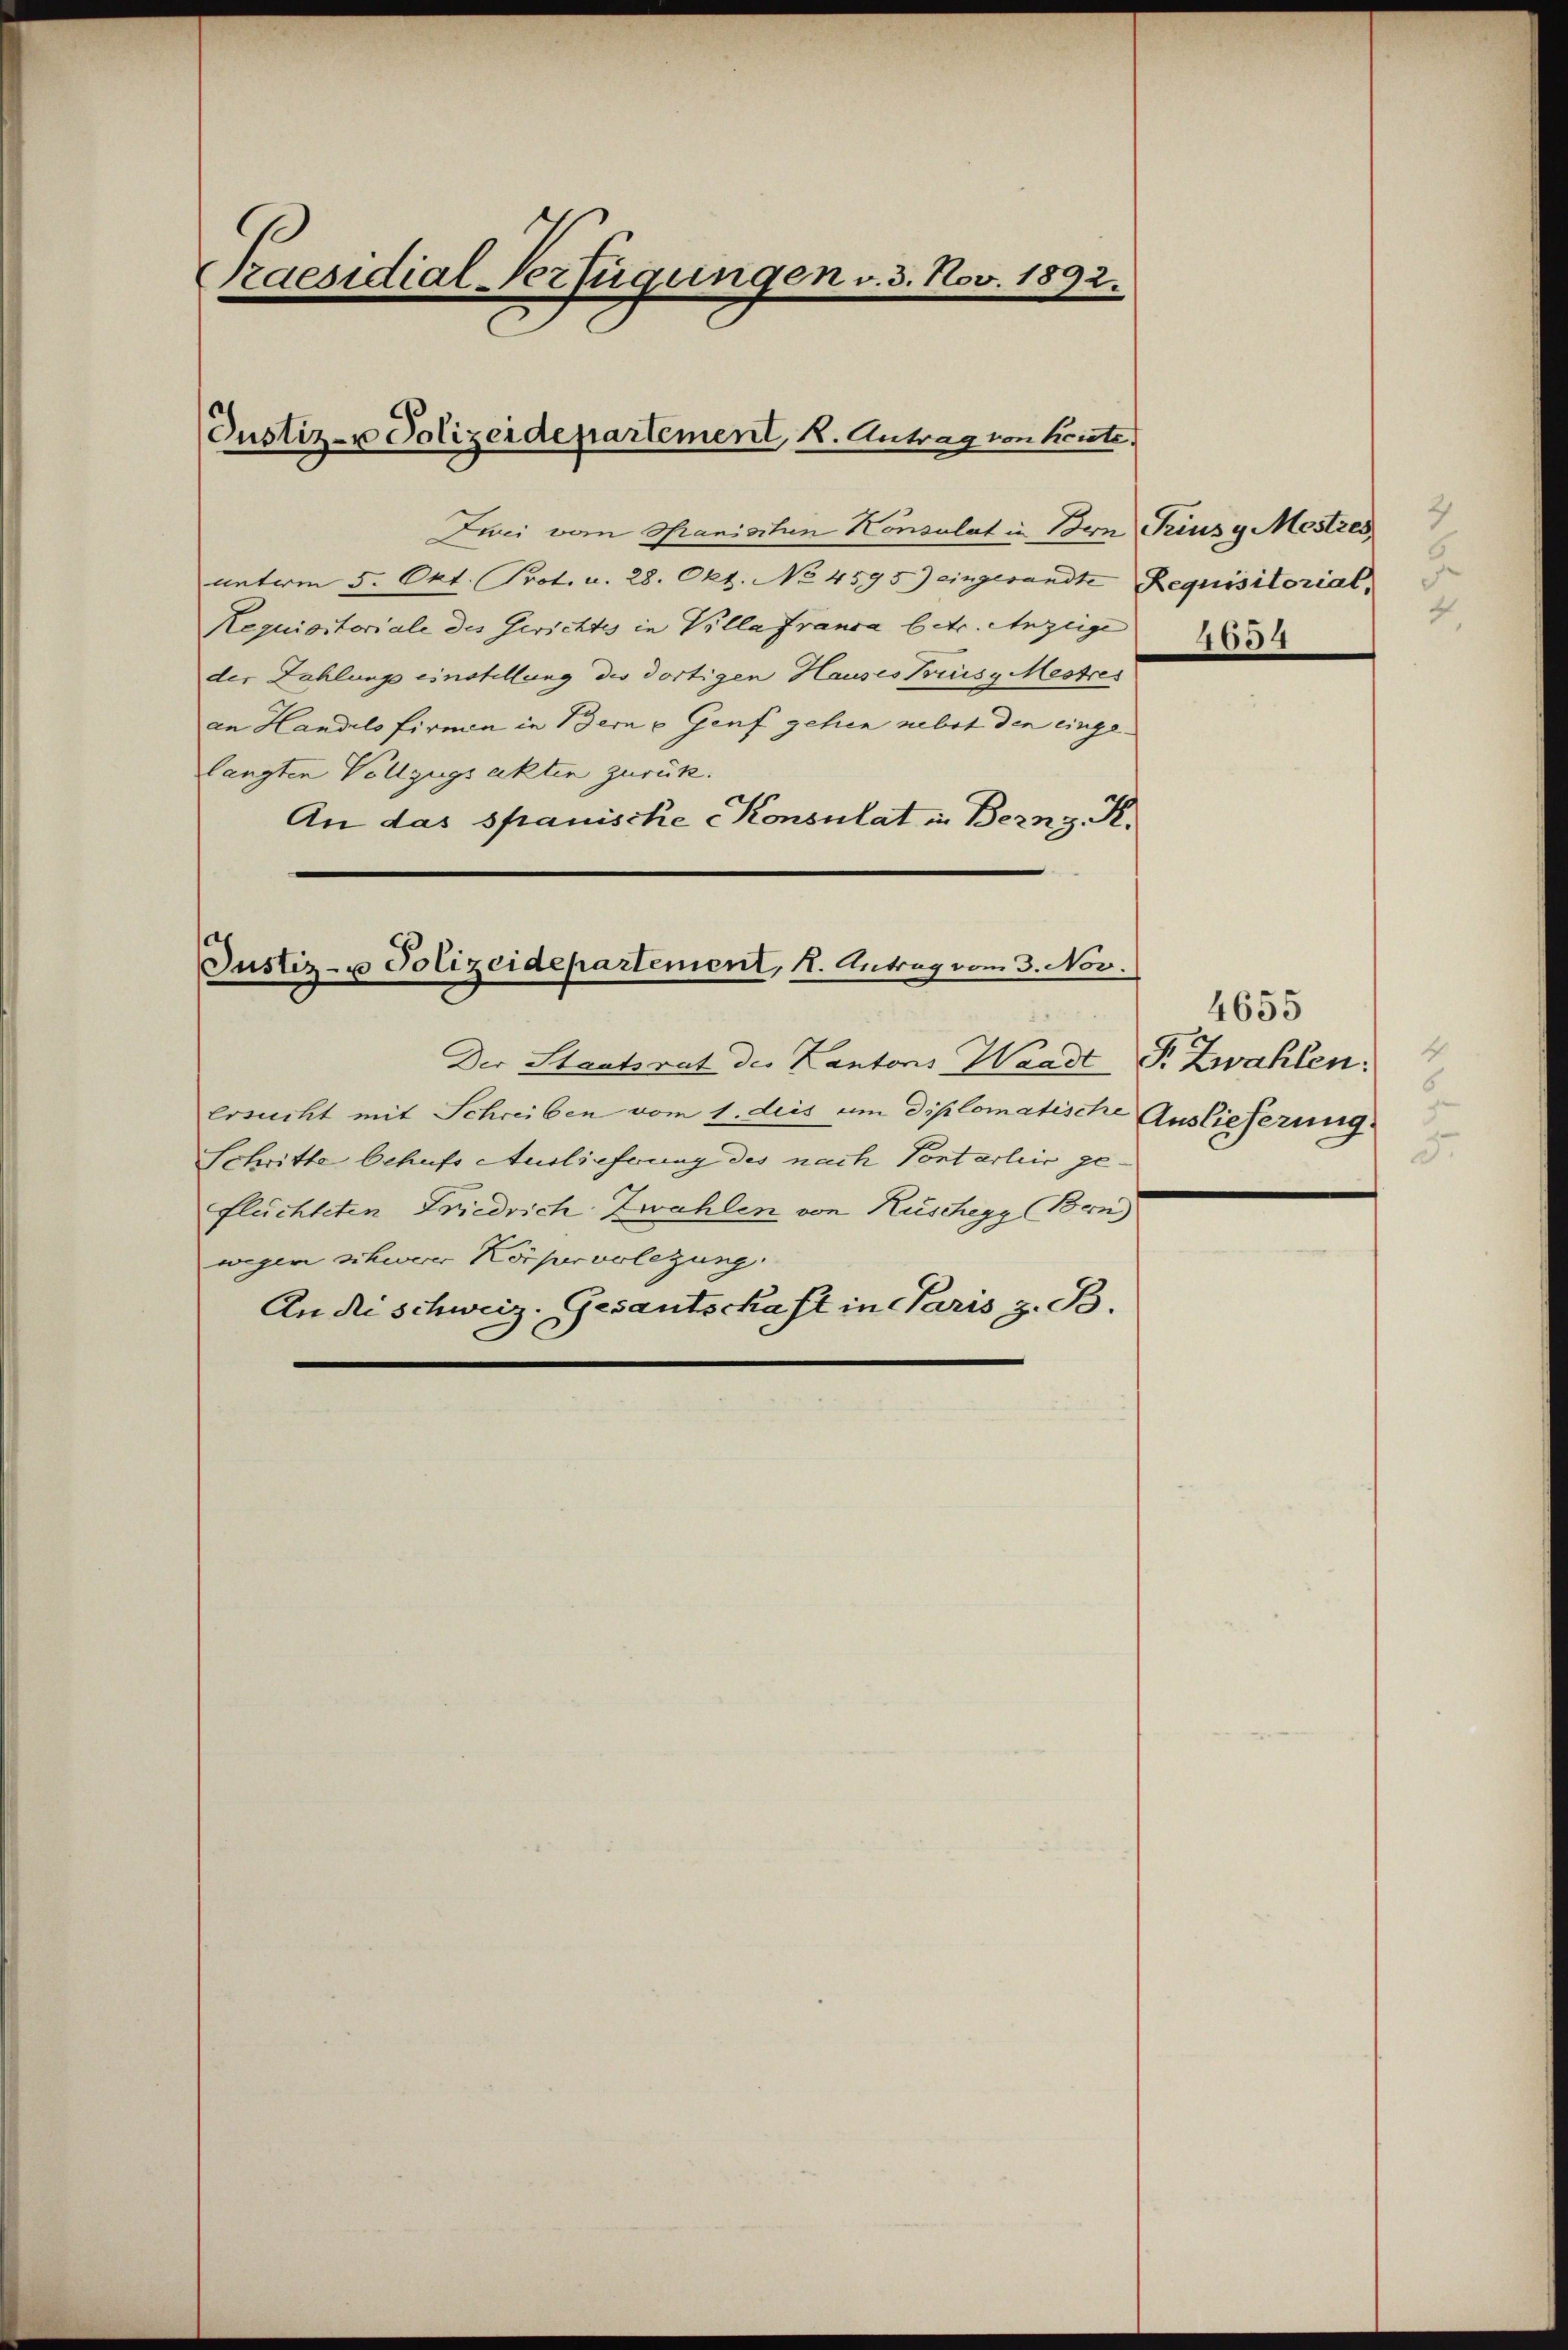
Paesidial-Verfügungen v. 3. Nov. 1892.

Justiz- u Polizeidepartement, K. Antrag von heute,

Zwei vom Granischen Konsulat in Bern Trius g Mostres
unterm 5. Okt. (Prot. u. 28. Okt. No 4595) eingesandte Requisitorial,
Requisitoriale des Gerichtes in Villa Franca betr. Anzeige
der Zahlungs einstellung des dortigen Hauses Kreise Mestres
an Handels firmen in Bern u Genf gehen nebst den eingelangten Vollzugsakten zurück.
An das spanische Konsulat in Bern z. K.

Justiz- u Polizeidepartement, 1. Antrag vom 3. Nov.

Der Staatsrat des Kantons Waadt P. Zwahlen:
Ersucht mit Schreiben vom 1. dies um diplomatische Auslieferung.
Schritte behufs Auslieferung des nach Pontarliis geflüchteten Friedrich Zwahlen von Rüschegg Bern
wegen schwere Körperverlegung
An die Schweiz. Gesantschaft in Paris z. B.

3
4654

4655
4
5